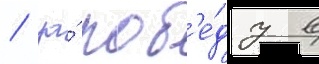
/ за́ поб'е́ду в